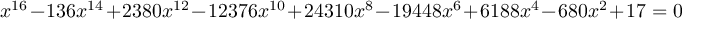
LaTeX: x ^ { 1 6 } - 1 3 6 x ^ { 1 4 } + 2 3 8 0 x ^ { 1 2 } - 1 2 3 7 6 x ^ { 1 0 } + 2 4 3 1 0 x ^ { 8 } - 1 9 4 4 8 x ^ { 6 } + 6 1 8 8 x ^ { 4 } - 6 8 0 x ^ { 2 } + 1 7 = 0